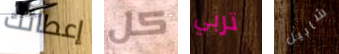
إعطائك كل تربي شابيل